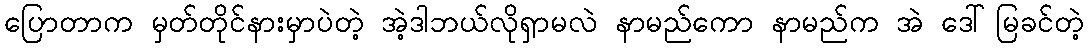
ပြောတာက မှတ်တိုင်နားမှာပဲတဲ့ အဲ့ဒါဘယ်လိုရှာမလဲ နာမည်ကော နာမည်က အဲ ဒေါ်မြခင်တဲ့